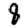
Digit: 8